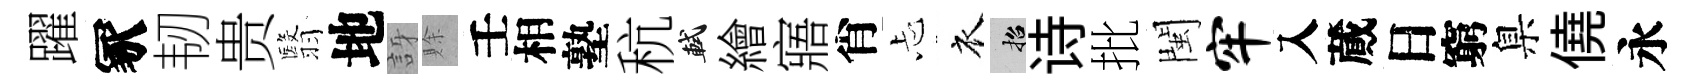
躍冢韧贵翳地訝賖壬相塾秔軾繪寤肖忐衣招诗批閩牢入蕆日窮臬僥永